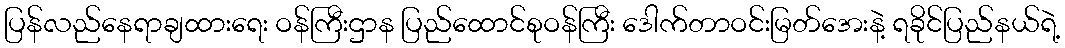
ပြန်လည်နေရာချထားရေး ဝန်ကြီးဌာန ပြည်ထောင်စုဝန်ကြီး ဒေါက်တာဝင်းမြတ်အေးနဲ့ ရခိုင်ပြည်နယ်ရဲ့